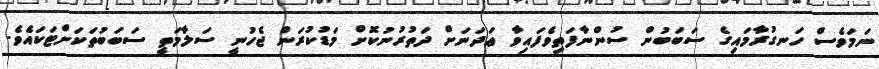
ނަމަވެސް ހަނގުރާމައިގެ ސަބަބުން ސުންނާފަތިވެފައިވާ ޢަދަނަށް ދަތުރުނުކޮށް މަޑުކުރަން ޖެހުނީ ސަލާމަތީ ސަބަބުތަކަށްޓަކައެވެ.